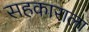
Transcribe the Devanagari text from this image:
सहकाराला